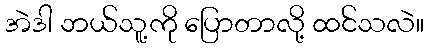
အဲဒါ ဘယ်သူ့ကို ပြောတာလို့ ထင်သလဲ။